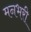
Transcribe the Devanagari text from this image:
मनभरी